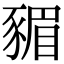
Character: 𮙣